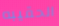
الحقيبه